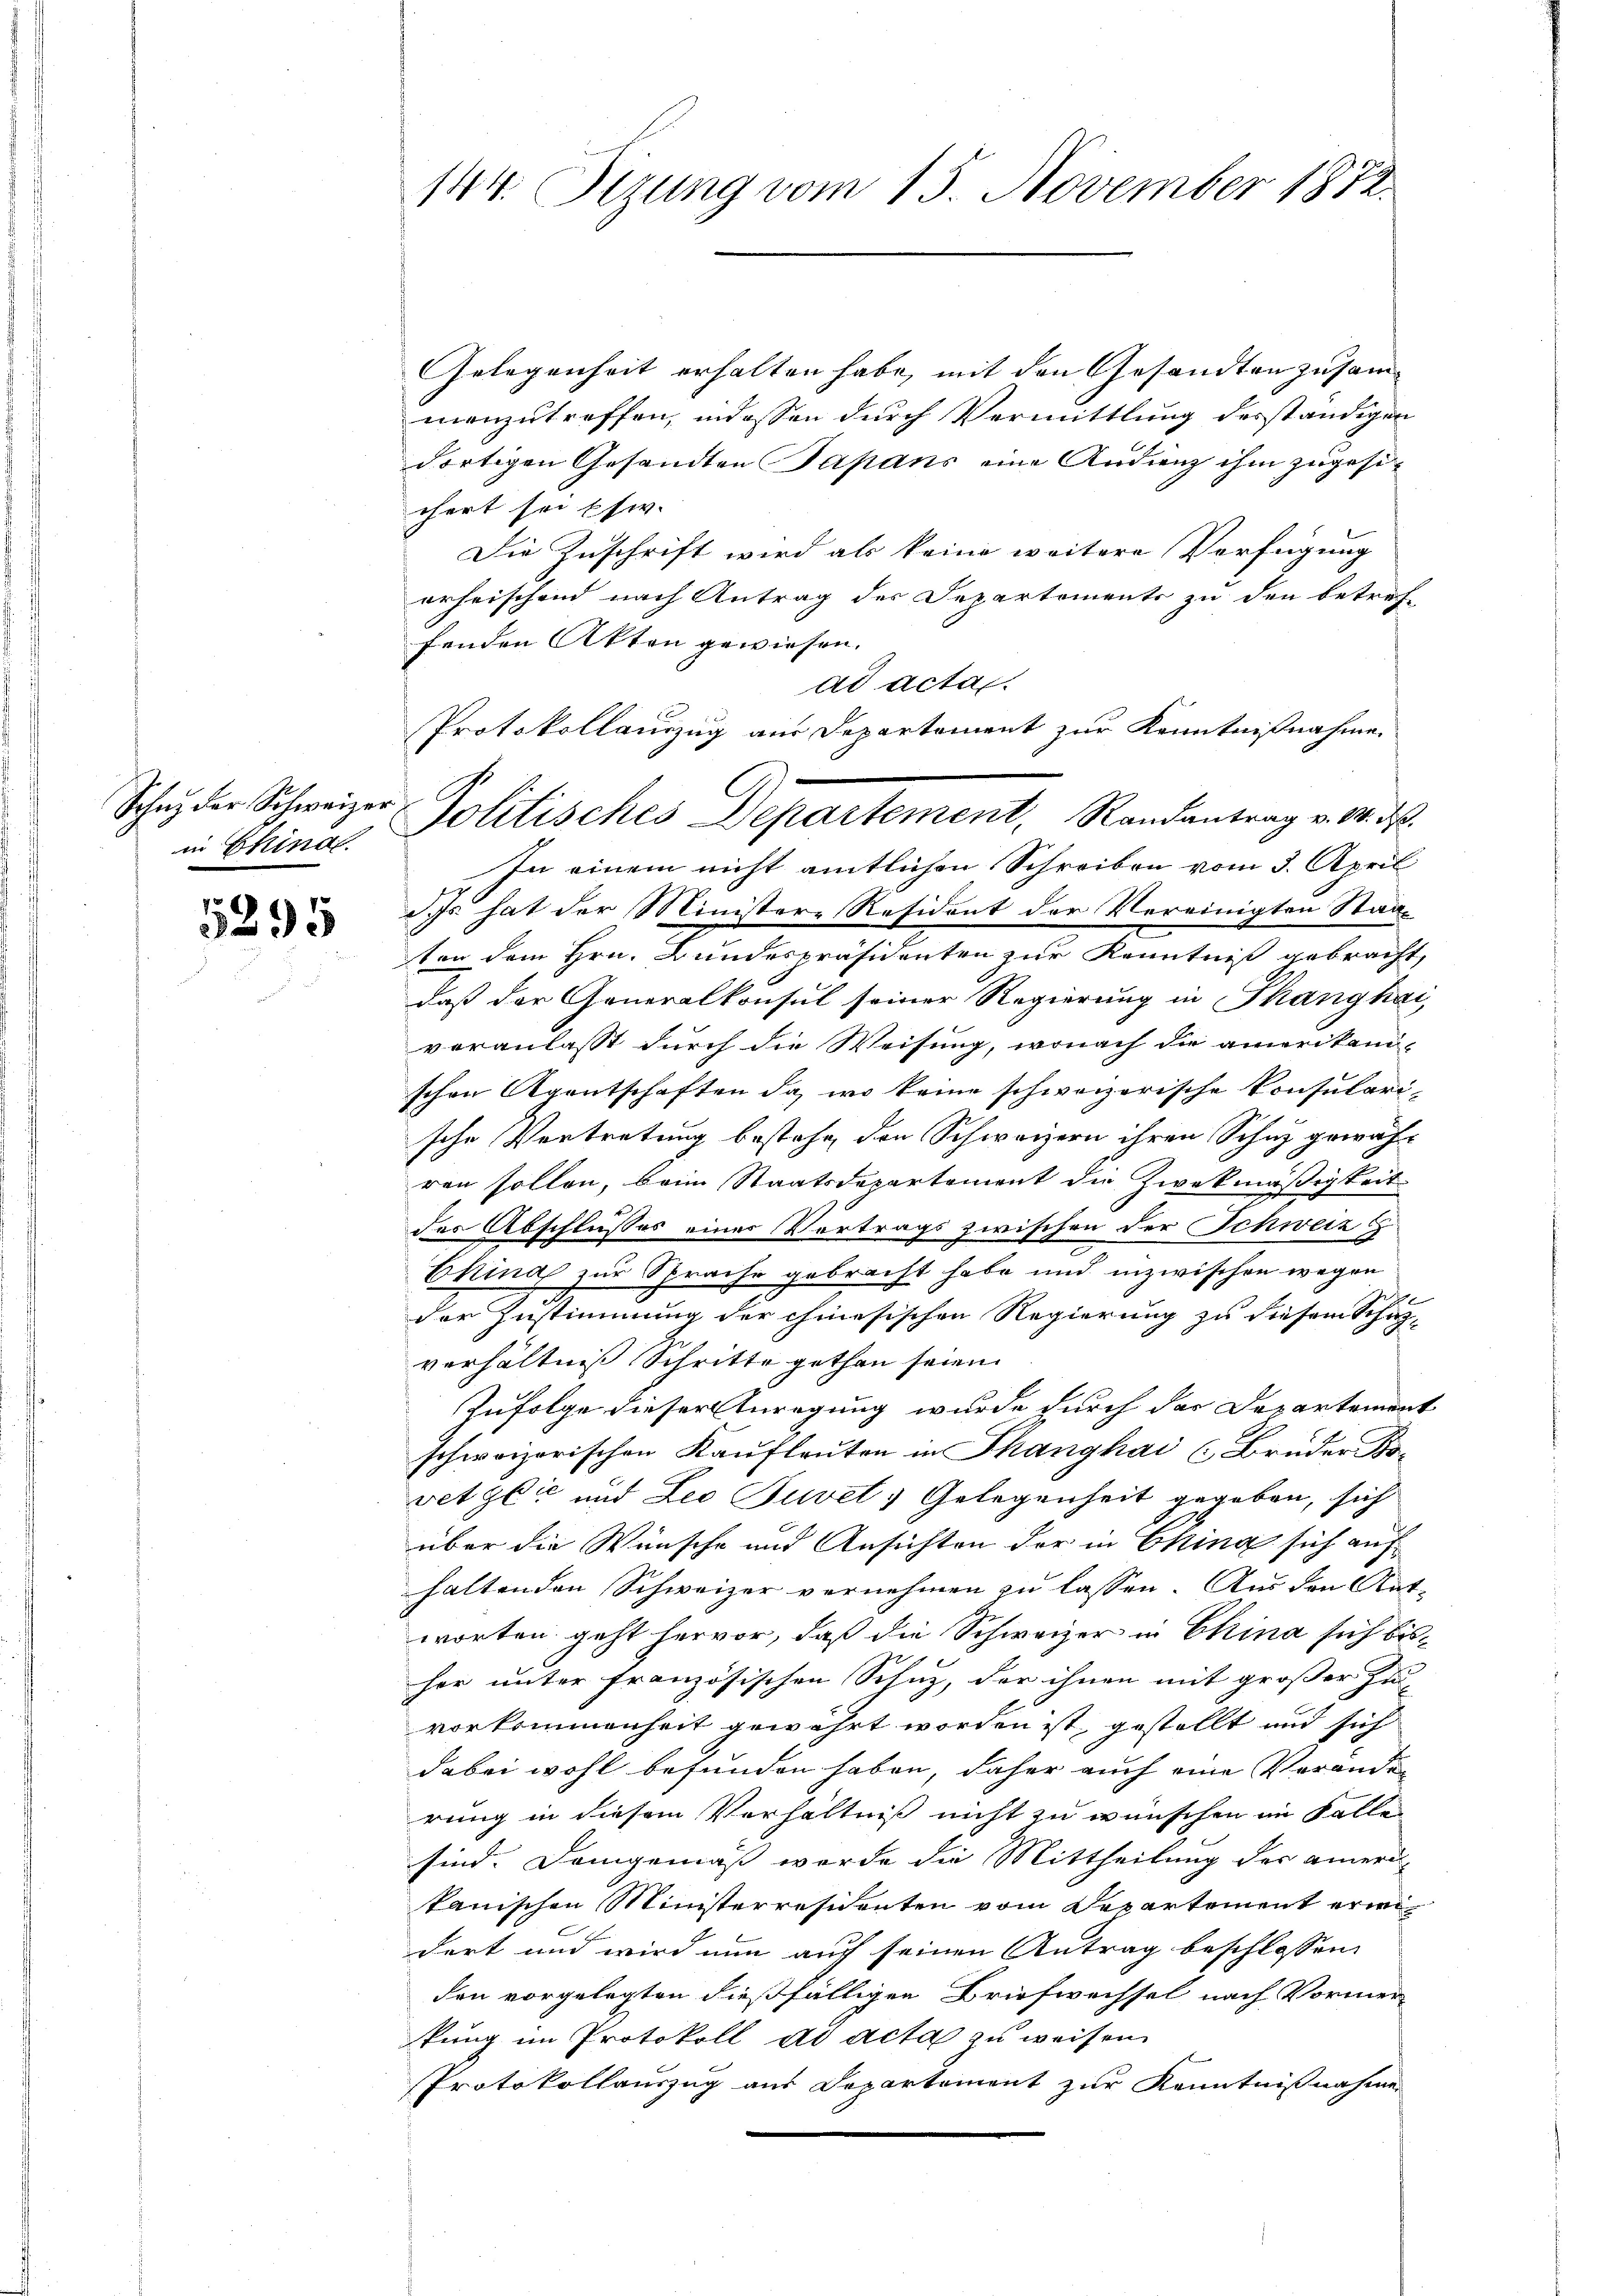
in Chinac

5295

Gelegenheit erhalten habe, mit den Gesandten zusammanzutreffen, indessen durch Vermittlung desständigen
dortigen Gesandten Japans eine Audienz ihm zugesichert sei pfw.
Die Zuschrift wird als keine weitere Verfügung
erheischend nach Antrag des Departements zu den betref-
fenden Akten gewiesen.
ad acta
Protokollanzug aus Departement zur Kenntnißnahmen
In einem nicht amtlichen Schreiben vom 3. April
Es hat der Ministere Resident der Vereinigten Staaten dem Hrn. Bundespräsidenten zur Kenntniß gebracht,
daß der Generalkonsul seiner Regierung in Thanghai
veranlasst durch die Weisung, wonach die amerikani-
schon Agentschaften da, wo keine schweizerische Konsularische Vertretung bestehe, den Schweizern ihren Schuz gewäh-
von sollen, beim Staatsdepartement die Zweckmäßigkeit
der Abschlusses einer Vertrags zwischen der Schweiz
China zur Sprache gebracht habe und inzwischen wegen
e
der Zustimmung der chinesischen Regierung zu diesem Schul-
verhältniß Schritte gethan seien.
Zufolge dieser Anregung wurde durch der Departement
schweizerischen Kaufleuten in Thanghai (Brüder Bo-
vet gli und Leo Juvet, Gelegenheit gegeben, sich
über die Wünsche und Ansichten der in China sich auf
haltenden Schweizer vernehmen zu lassen. Aus den Ant-
worten geht hervor, daß die Schweizer in China sich bisher unter französischen Schuz, der ihnen mit großer Zu-
vorkommenheit gewährt worden ist, gestellt und sich
dabei wohl befunden haben, daher auch eine Verander
rung in diesem Verhältniß nicht zu wünschen in Falle
sind. Demgemäß wurde die Mittheilung der amerikanischen Ministerresidenten vom Departement erweidert und wird nun auch seinen Antrag beschlossen,
den vorgelegten dießfälligen Briefwechsel nach Vormer-
kung im Protokoll ad acta zu weisen.
Protokollauszug aus Departement zur Kenntnißnahme

144. Sizung vom 15. November 1872.

C.
Schŭz der Schweizer Politisches Departement, Randantrag v. M. dβ.